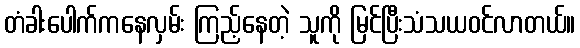
တံခါးပေါက်ကနေလှမ်း ကြည့်နေတဲ့ သူကို မြင်ပြီးသံသယဝင်လာတယ်။